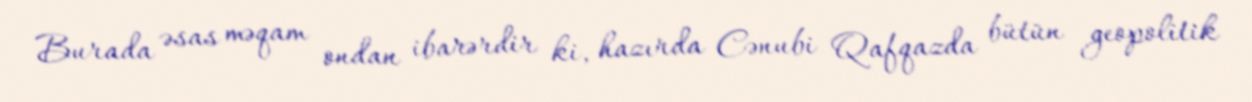
Burada əsas məqam ondan ibarərdir ki, hazırda Cənubi Qafqazda bütün geopolitik